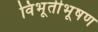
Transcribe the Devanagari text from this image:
विभूतीभूषण